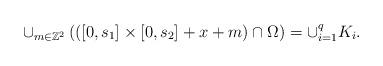
LaTeX: \begin{align*}\cup_{m\in\mathbb{Z}^{2}}\left( \left( \left[ 0,s_{1}\right] \times\left[0,s_{2}\right] +x+m\right) \cap\Omega\right) =\cup_{i=1}^{q}K_{i}.\end{align*}